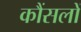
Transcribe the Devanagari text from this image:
कौंसलों